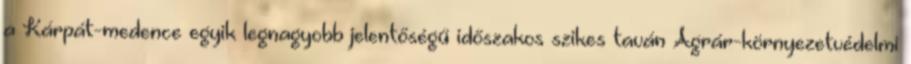
a Kárpát-medence egyik legnagyobb jelentőségű időszakos szikes taván Agrár-környezetvédelmi